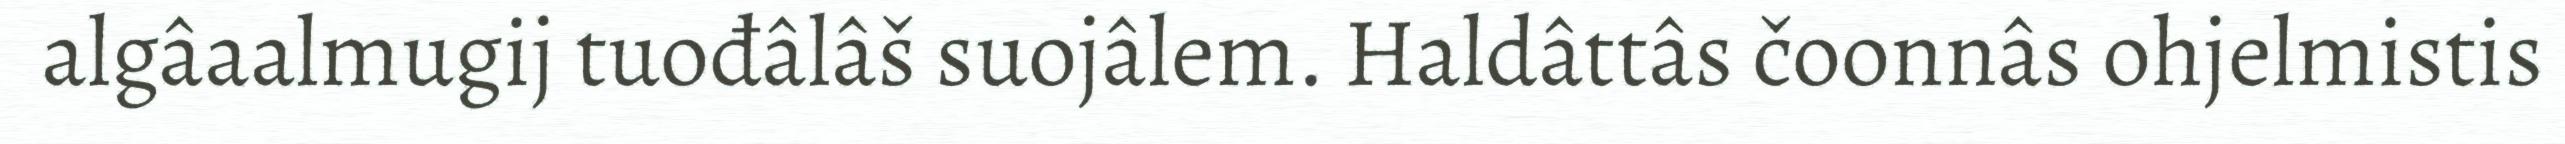
algâaalmugij tuođâlâš suojâlem. Haldâttâs čoonnâs ohjelmistis